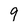
Character: 9